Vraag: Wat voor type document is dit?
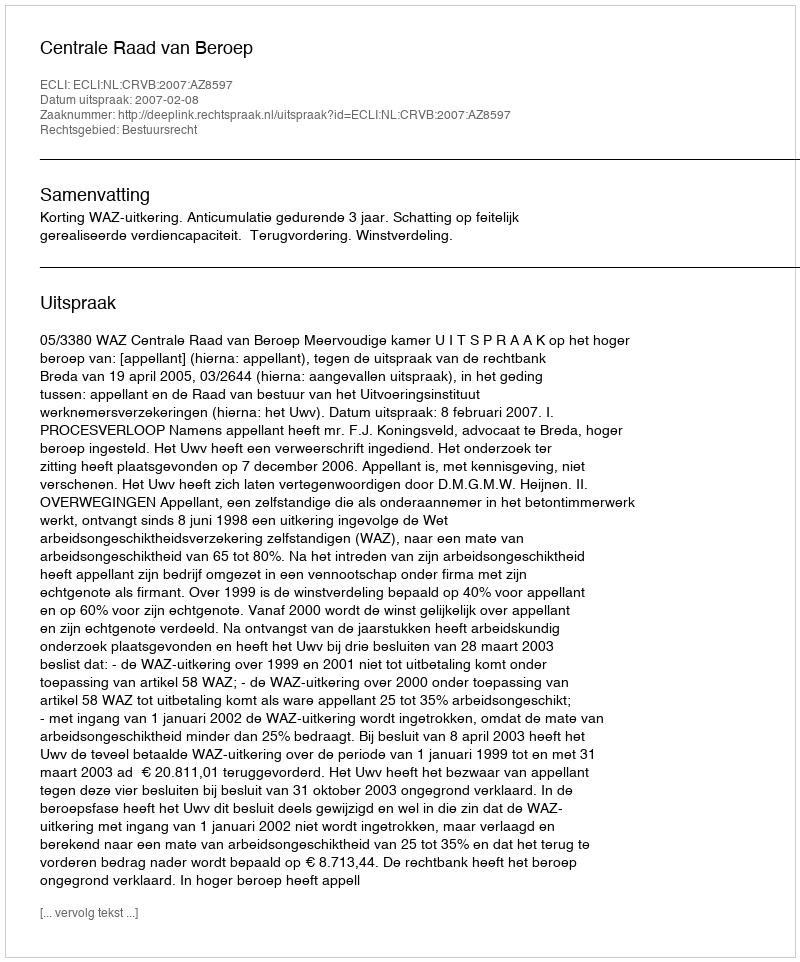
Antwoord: Uitspraak